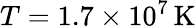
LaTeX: T=1.7\times 10^{7}\, \mathrm{K}